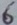
Text: 6